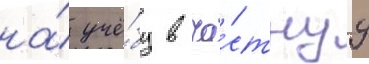
на́ учё́бу в ча́стнуу